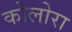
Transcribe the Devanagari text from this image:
कोलोरा